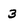
Character: 3